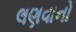
લણવાનો